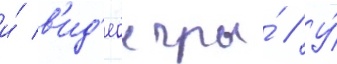
и́ в'ид'еоигры́ // У́